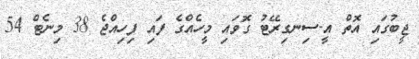
ޖީބުގައި އޮތް އީ-ސިނގިރޭޓު ގޮވައި މީހެއްގެ ފައި ފިހިއްޖެ 38 މިނެޓް 54